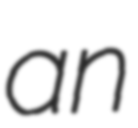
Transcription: an